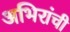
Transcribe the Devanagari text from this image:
अभिरांची